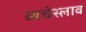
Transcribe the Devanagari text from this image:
व्यचेस्लाव